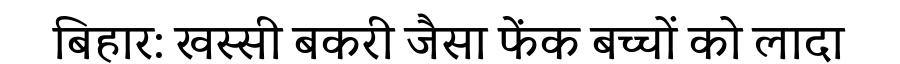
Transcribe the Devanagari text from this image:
बिहार: खस्सी बकरी जैसा फेंक बच्चों को लादा